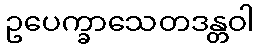
ဥပေက္ခာသေတဒန္တဝါ